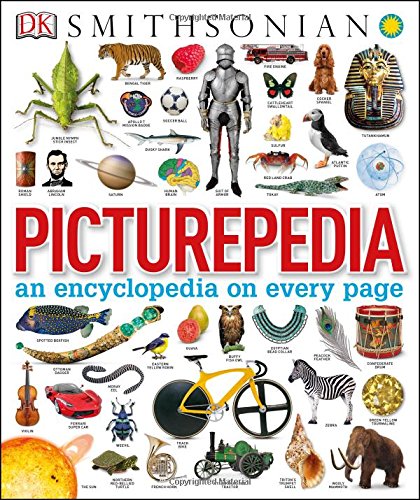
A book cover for Picturepedia; DK Publishing; Reference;